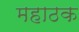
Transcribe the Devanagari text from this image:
महाठक